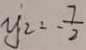
y _ { 2 } = - \frac { 7 } { 2 }